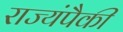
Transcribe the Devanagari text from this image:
राज्यंपैकी